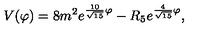
V ( \varphi ) = 8 m ^ { 2 } e ^ { { \frac { 1 0 } { \sqrt { 1 5 } } } \varphi } - R _ { 5 } e ^ { { \frac { 4 } { \sqrt { 1 5 } } } \varphi } ,